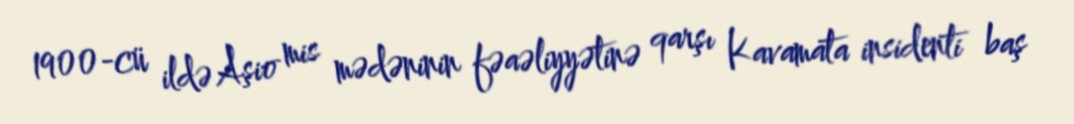
1900-cü ildə Aşio mis mədəninin fəaəliyyətinə qarşı Kavamata insidenti baş